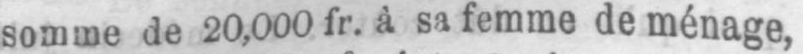
somme de 20,000 fr. à sa femme de ménage,